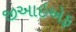
જીઆઇએફ